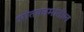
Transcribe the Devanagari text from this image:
ओतकामातील